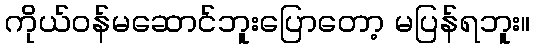
ကိုယ်ဝန်မဆောင်ဘူးပြောတော့ မပြန်ရဘူး။